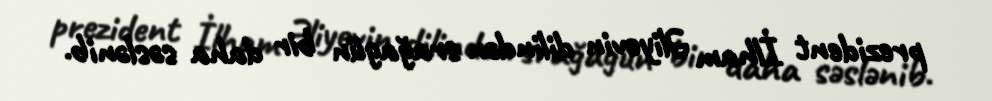
prezident İlham Əliyevin dilindən srağagün bir daha səslənib.